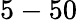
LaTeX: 5-50